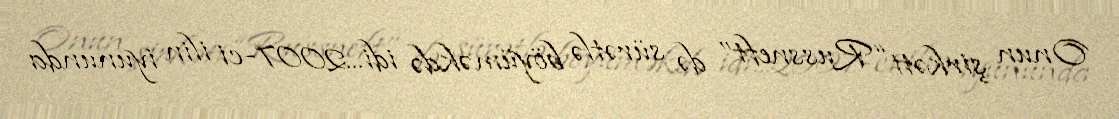
Onun şirkəti “Russneft” də sürətlə böyüməkdə idi...2007-ci ilin iyununda